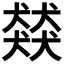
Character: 𮳿